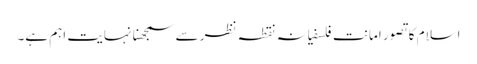
اسلام کا تصور امانت فلسفیانہ نقطہ نظر سے سمجھنا نہایت اہم ہے۔